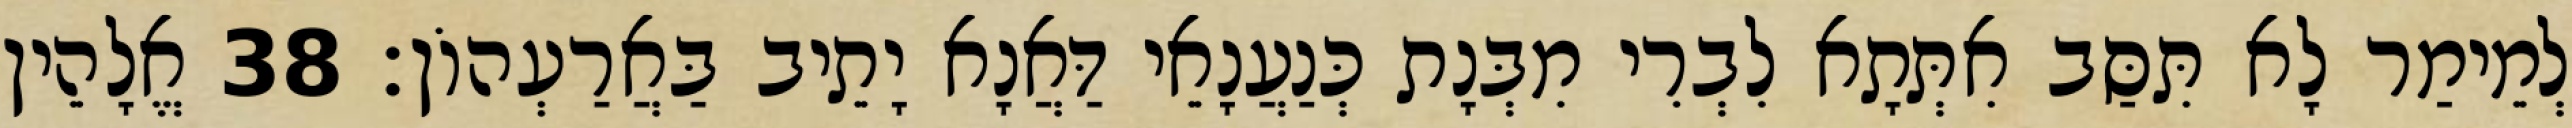
לְמֵימַר לָא תִּסַּב אִתְּתָא לִבְרִי מִבְּנָת כְּנַעֲנָאֵי דַּאֲנָא יָתֵיב בַּאֲרַעְהוֹן׃ 38 אֱלָהֵין